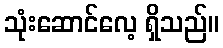
သုံးဆောင်လေ့ ရှိသည်။